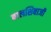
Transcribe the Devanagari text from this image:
बालशिवाजी